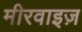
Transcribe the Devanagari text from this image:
मीरवाइज़